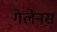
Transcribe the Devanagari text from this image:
गेलेनस